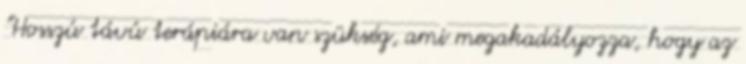
"Hosszú távú terápiára van szükség, ami megakadályozza, hogy az